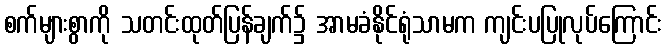
စက်များစွာကို သတင်းထုတ်ပြန်ချက်၌ အာမခံနိုင်ရုံသာမက ကျင်းပပြုလုပ်ကြောင်း